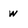
Character: w